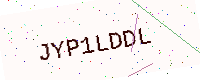
Text: JYP1LDDL